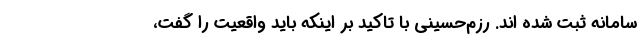
سامانه ثبت شده اند. رزم‌حسینی با تاکید بر اینکه باید واقعیت را گفت،